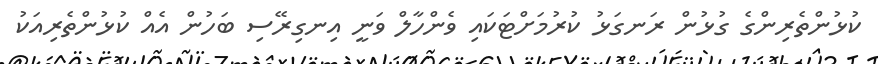
ކުޅުންތެރިންގެ ގުޅުން ރަނގަޅު ކުރުމަށްޓަކައި ވެންހާލް ވަނީ އިނގިރޭސި ބަހުން އެއް ކުޅުންތެރިއަކު